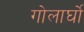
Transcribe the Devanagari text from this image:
गोलार्घो